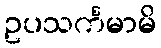
ဥပသင်္ကမာမိ